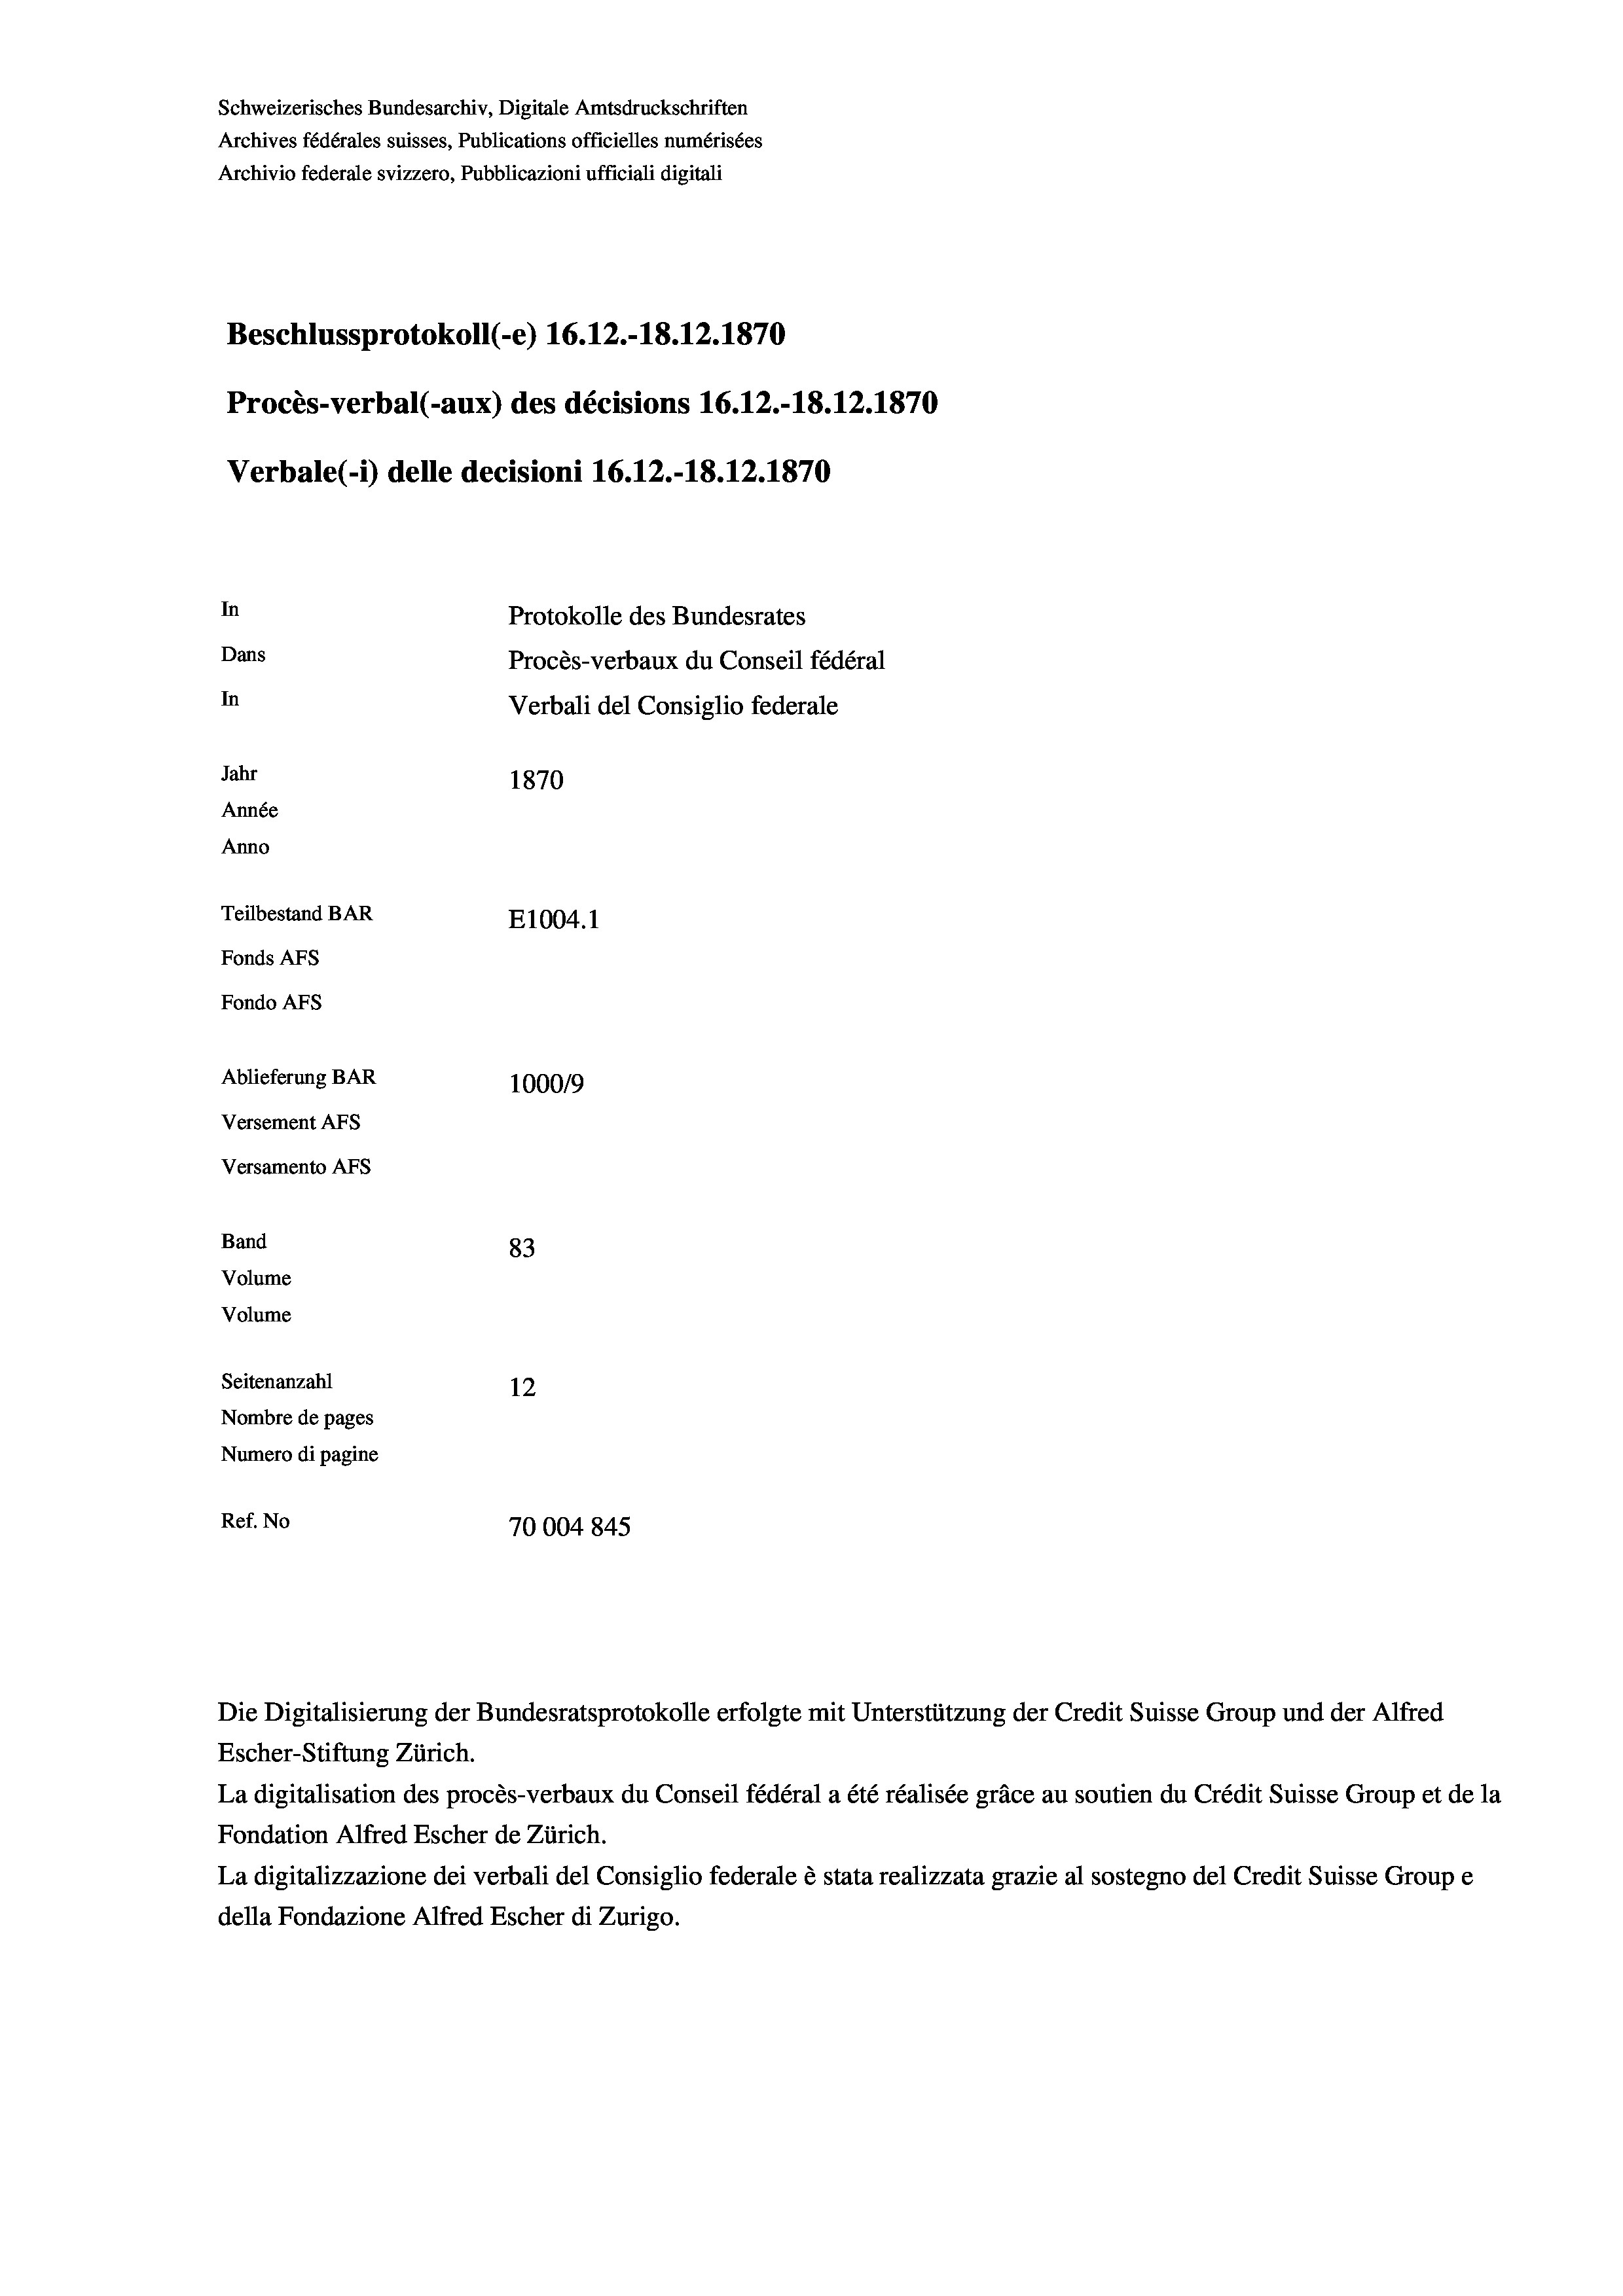
Schweizerisches Bundesarchiv, Digitale Amtsdruckschriften
Archives fédérales suisses, Publications officielles numérisées
Archivio federale svizzero, Pubblicazioni ufficiali digitali
Beschlussprotokoll (-e) 16.12.-18.12.1870
Procès-verbal (-aux) des décisions 16.12.-18.12.1870
Verbale(-*) delle decisioni 16.12.-18. 12. 1870
In
Protokolle des Bundesrates
Dans
Procès-verbaux du Conseil fédéral
In
Verbali del Consiglio federale
Jahr
1870
Année
Anno
Teilbestand BAR
E1004. 1
Fonds Afs
Fondo AFS
Ablieferung BAR
100019
Versement AFs
Versamento AFs
Band
83
Volume
Volume
Seitenanzahl
12
Nombre de pages
Numero di pagine
Ref. No
70004845

La digitalisation des procès-verbaux du Conseil fédéral a été réalisée gräce au soutien du Crédit Suisse Group et de la
Fondation Alfred Escher de Zürich.
La digitalizzazione dei verbali del Consiglio federale è stata realizzata grazie al sostegno del Credit Suisse Groupe
della Fondazione Alfred Escher di Zurigo.

Die Digitalisierung der Bundesratsprotokolle erfolgte mit Unterstützung der Credit Suisse Group und der Alfred
Escher-Stiftung Zürich.